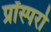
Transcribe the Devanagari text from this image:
प्रॉस्परो